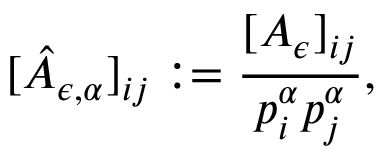
[ \hat { A } _ { \epsilon , \alpha } ] _ { i j } : = \frac { [ A _ { \epsilon } ] _ { i j } } { p _ { i } ^ { \alpha } p _ { j } ^ { \alpha } } ,